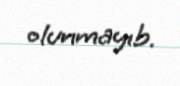
olunmayıb.